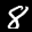
Label: 8